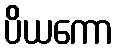
ပိယကော